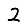
Digit: 2